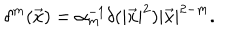
LaTeX: \delta ^ { m } ( \vec { x } ) = \alpha _ { m } ^ { - 1 } \delta ( | \vec { x } | ^ { 2 } ) | \vec { x } | ^ { 2 - m } .